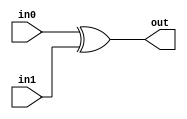
module coreir_xor #(
    parameter width = 1
) (
    input [width-1:0] in0,
    input [width-1:0] in1,
    output [width-1:0] out
);
  assign out = in0 ^ in1;
endmodule

module fold_xor44 (
    input [3:0] I0,
    input [3:0] I1,
    input [3:0] I2,
    input [3:0] I3,
    output [3:0] O
);
wire [3:0] xor4_inst0_out;
wire [3:0] xor4_inst1_out;
wire [3:0] xor4_inst2_out;
coreir_xor #(
    .width(4)
) xor4_inst0 (
    .in0(I0),
    .in1(I1),
    .out(xor4_inst0_out)
);
coreir_xor #(
    .width(4)
) xor4_inst1 (
    .in0(xor4_inst0_out),
    .in1(I2),
    .out(xor4_inst1_out)
);
coreir_xor #(
    .width(4)
) xor4_inst2 (
    .in0(xor4_inst1_out),
    .in1(I3),
    .out(xor4_inst2_out)
);
assign O = xor4_inst2_out;
endmodule